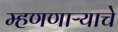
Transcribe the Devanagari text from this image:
म्हणणाऱ्याचे